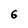
Character: 6